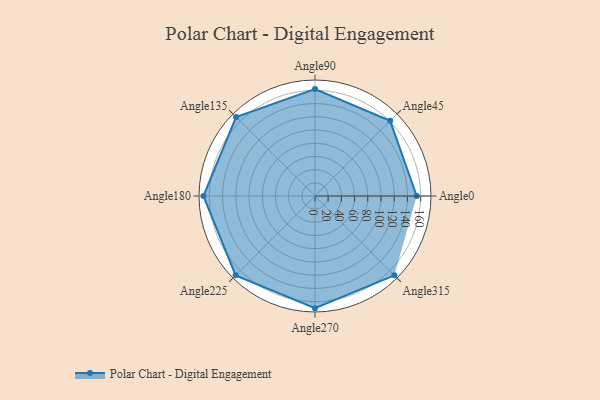
{"axis": {"x": "Angle", "y": "Radius"}, "legend": [""], "data": [{"x": "Angle0", "y": 154.0, "type": ""}, {"x": "Angle45", "y": 161.0, "type": ""}, {"x": "Angle90", "y": 162.0, "type": ""}, {"x": "Angle135", "y": 169.0, "type": ""}, {"x": "Angle180", "y": 169.0, "type": ""}, {"x": "Angle225", "y": 170, "type": ""}, {"x": "Angle270", "y": 170, "type": ""}, {"x": "Angle315", "y": 170, "type": ""}]}